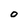
Character: O